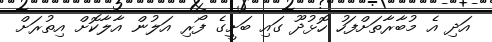
އަދި އެ މުބާރާތަށްފަހު ހޮޅުދޫ ގައި ބަށީގެ ފޯރި އަލުން އާލާކޮށް އިތުރަށް